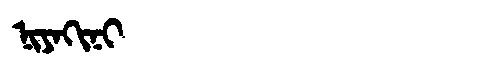
Manchu: ᠨᡳᠶᠠᡴᡳᠨᡳ
Romanization: NIYAKINI